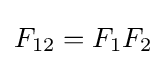
F_{12}=F_{1}F_{2}